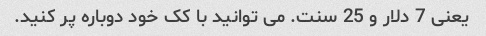
یعنی 7 دلار و 25 سنت. می توانید با کک خود دوباره پر کنید.